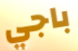
باجي